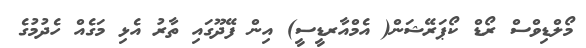
މޯލްޑިވްސް ރޯޑް ކޯޕަރޭޝަން( އެމްއާރޑީސީ) އިން ފޭދޫގައި ތާރު އެޅި މަގެއް ހެދުމުގެ